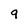
Character: 9